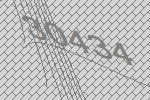
30434